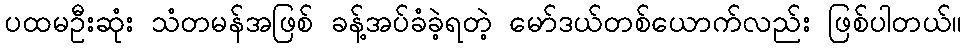
ပထမဦးဆုံး သံတမန်အဖြစ် ခန့်အပ်ခံခဲ့ရတဲ့ မော်ဒယ်တစ်ယောက်လည်း ဖြစ်ပါတယ်။